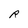
Character: R